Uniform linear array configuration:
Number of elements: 12
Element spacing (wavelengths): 0.75
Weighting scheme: cosine
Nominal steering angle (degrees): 45
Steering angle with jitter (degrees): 45.319
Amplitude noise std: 0.05
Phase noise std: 0.05

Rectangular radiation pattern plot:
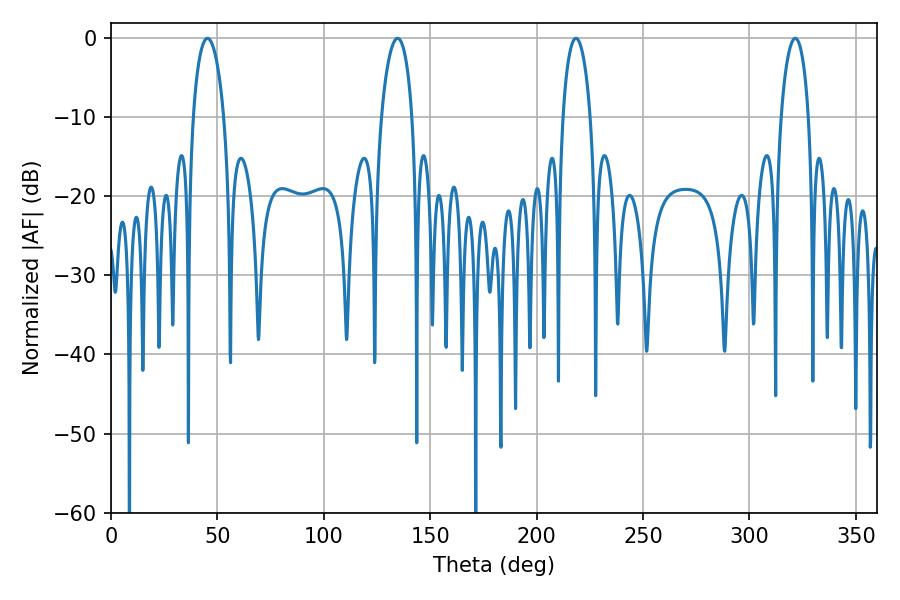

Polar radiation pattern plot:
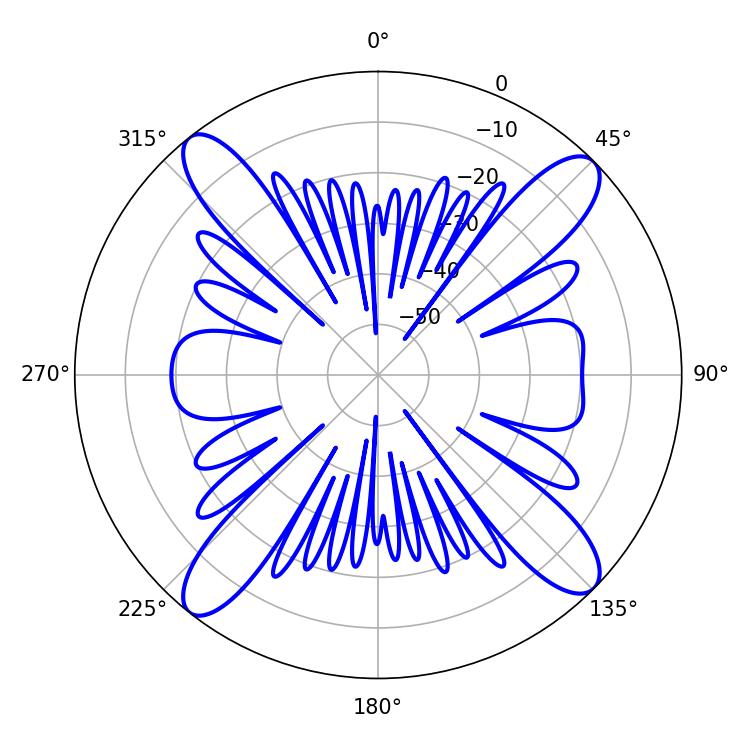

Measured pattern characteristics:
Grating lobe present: TRUE
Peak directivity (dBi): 16.132
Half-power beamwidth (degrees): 8.28
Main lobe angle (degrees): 45.36